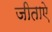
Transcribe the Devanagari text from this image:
जीताऐ